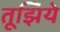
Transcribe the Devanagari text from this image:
तूझिये